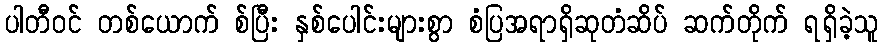
ပါတီဝင် တစ်ယောက် စ်ပြီး နှစ်ပေါင်းများစွာ စံပြအရာရှိဆုတံဆိပ် ဆက်တိုက် ရရှိခဲ့သူ